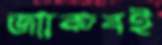
জ্যাকবই